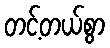
တင့်တယ်စွာ